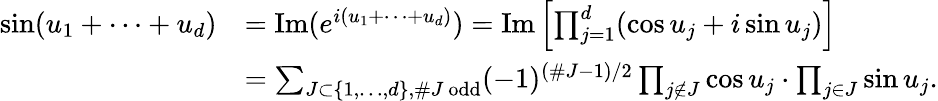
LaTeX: \begin{array}{rl}{\sin(u_{1}+\dots+u_{d})}&{=\operatorname{Im}(e^{i(u_{1}+\dots+u_{d})})=\operatorname{Im}\left[\prod_{j=1}^{d}(\cos u_{j}+i\sin u_{j})\right]}\\ &{=\sum_{J\subset\{ 1,\dots,d\} ,\# J\ \mathrm{odd}}(-1)^{(\# J-1)/2}\prod_{j\not\in J}\cos u_{j}\cdot\prod_{j\in J}\sin u_{j}.}\end{array}